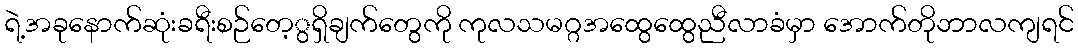
ရဲ့အခုနောက်ဆုံးခရီးစဉ်တေ့ွရှိချက်တွေကို ကုလသမဂ္ဂအထွေထွေညီလာခံမှာ အောက်တိုဘာလကျရင်